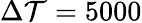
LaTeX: \Delta\mathcal{T}=5000